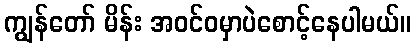
ကျွန်တော် မိန်း အဝင်ဝမှာပဲစောင့်နေပါမယ်။